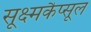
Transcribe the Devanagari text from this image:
सूक्ष्मकैप्सूल